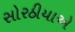
સોરઠીયાએ